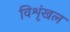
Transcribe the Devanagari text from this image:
विशृंखल